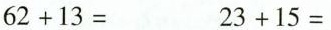
$$6 2 + 1 3 =$$ $$2 3 + 1 5 =$$